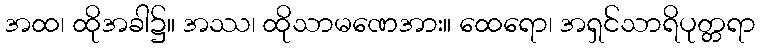
အထ၊ ထိုအခါ၌။ အဿ၊ ထိုသာမဏေအား။ ထေရော၊ အရှင်သာရိပုတ္တရာ